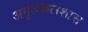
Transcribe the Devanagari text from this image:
अमृतकलशास